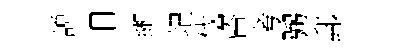
説旧緗圮伐咨考弼郵